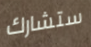
ستشارك